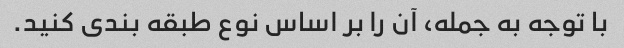
با توجه به جمله، آن را بر اساس نوع طبقه بندی کنید.